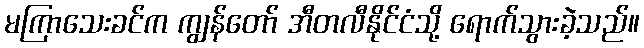
မကြာသေးခင်က ကျွန်တော် အီတလီနိုင်ငံသို့ ရောက်သွားခဲ့သည်။